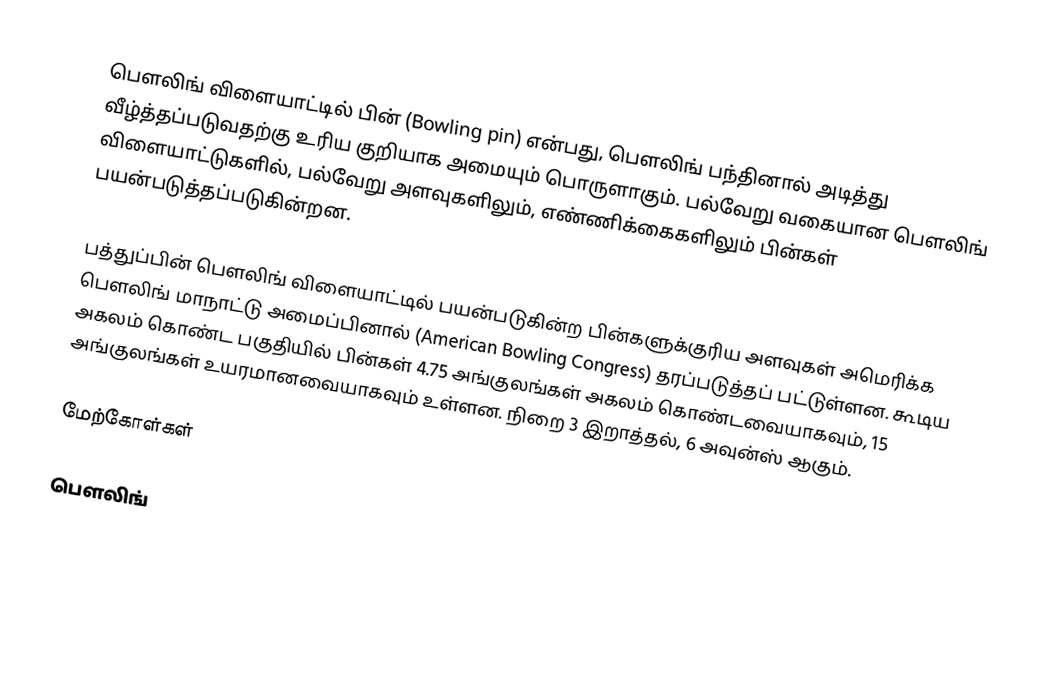
பௌலிங் விளையாட்டில் பின் (Bowling pin) என்பது, பௌலிங் பந்தினால் அடித்து வீழ்த்தப்படுவதற்கு உரிய குறியாக அமையும் பொருளாகும். பல்வேறு வகையான பௌலிங் விளையாட்டுகளில், பல்வேறு அளவுகளிலும், எண்ணிக்கைகளிலும் பின்கள் பயன்படுத்தப்படுகின்றன.

பத்துப்பின் பௌலிங் விளையாட்டில் பயன்படுகின்ற பின்களுக்குரிய அளவுகள் அமெரிக்க பௌலிங் மாநாட்டு அமைப்பினால் (American Bowling Congress) தரப்படுத்தப் பட்டுள்ளன. கூடிய அகலம் கொண்ட பகுதியில் பின்கள் 4.75 அங்குலங்கள் அகலம் கொண்டவையாகவும், 15 அங்குலங்கள் உயரமானவையாகவும் உள்ளன. நிறை 3 இறாத்தல், 6 அவுன்ஸ் ஆகும்.

மேற்கோள்கள்

பௌலிங்